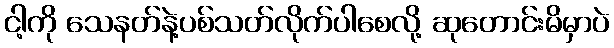
ငါ့ကို သေနတ်နဲ့ပစ်သတ်လိုက်ပါစေလို့ ဆုတောင်းမိမှာပဲ